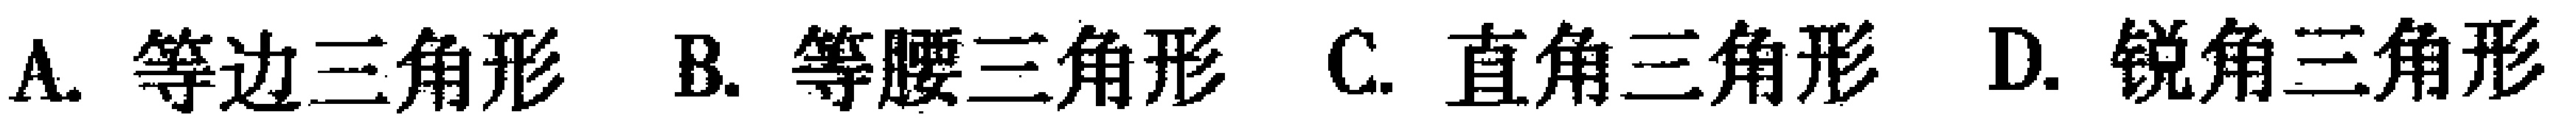
A. 等边三角形 B. 等腰三角形 C. 直角三角形 D. 锐角三角形